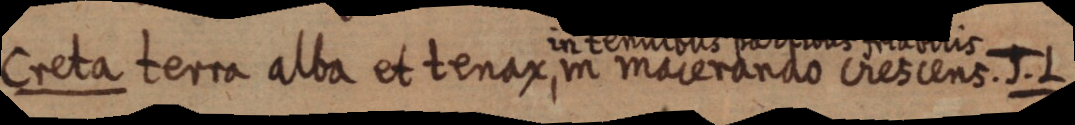
Creta terra alba et tenax, in macerando crescens. J. L